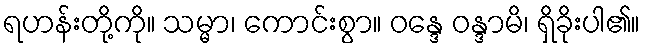
ရဟန်းတို့ကို။ သမ္မာ၊ ကောင်းစွာ။ ဝန္ဒေ ဝန္ဒာမိ၊ ရှိခိုးပါ၏။